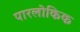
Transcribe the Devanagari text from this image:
पारलोकिक